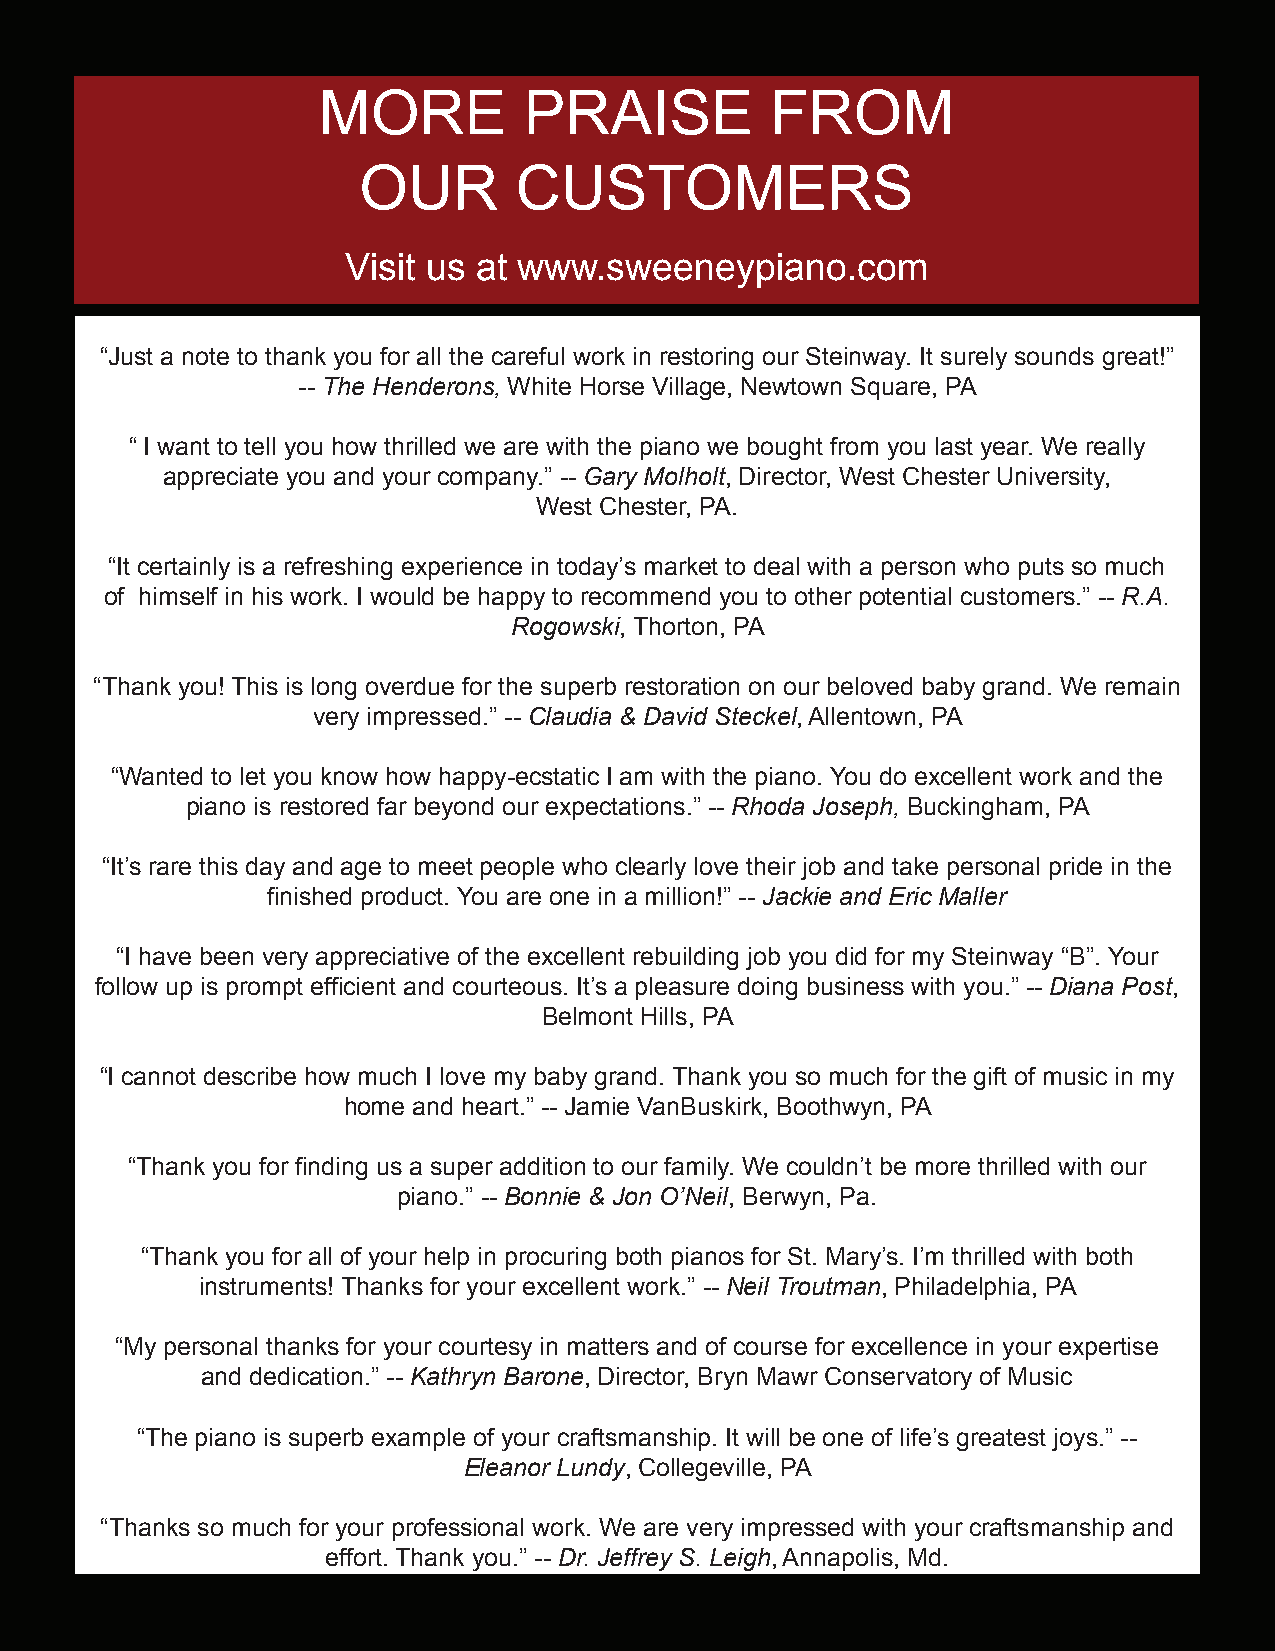
MORE          PRAISE          FROM
 OUR       CUSTOMERS
 Visit us at www.sweeneypiano.com
 “Just a note to thank you for all the careful work in restoring our Steinway. It surely sounds great!”
 -- The Henderons, White Horse Village, Newtown Square, PA
 “ I want to tell you how thrilled we are with the piano we bought from you last year. We really
 appreciate you and your company.” -- Gary Molholt, Director, West Chester University,
 West Chester, PA.
 “It certainly is a refreshing experience in today’s market to deal with a person who puts so much
 of himself in his work. I would be happy to recommend you to other potential customers.” -- R.A.
 Rogowski, Thorton, PA
 “Thank you! This is long overdue for the superb restoration on our beloved baby grand. We remain
 very impressed.” -- Claudia & David Steckel, Allentown, PA
 “Wanted to let you know how happy-ecstatic I am with the piano. You do excellent work and the
 piano is restored far beyond our expectations.” -- Rhoda Joseph, Buckingham, PA
 “It’s rare this day and age to meet people who clearly love their job and take personal pride in the
 finished product. You are one in a million!” -- Jackie and Eric Maller
 “I have been very appreciative of the excellent rebuilding job you did for my Steinway “B”. Your
 follow up is prompt efficient and courteous. It’s a pleasure doing business with you.” -- Diana Post,
 Belmont Hills, PA
 “I cannot describe how much I love my baby grand. Thank you so much for the gift of music in my
 home and heart.” -- Jamie VanBuskirk, Boothwyn, PA
 “Thank you for finding us a super addition to our family. We couldn’t be more thrilled with our
 piano.” -- Bonnie & Jon O’Neil, Berwyn, Pa.
 “Thank you for all of your help in procuring both pianos for St. Mary’s. I’m thrilled with both
 instruments! Thanks for your excellent work.” -- Neil Troutman, Philadelphia, PA
 “My personal thanks for your courtesy in matters and of course for excellence in your expertise
 and dedication.” -- Kathryn Barone, Director, Bryn Mawr Conservatory of Music
 “The piano is superb example of your craftsmanship. It will be one of life’s greatest joys.” --
 Eleanor Lundy, Collegeville, PA
 “Thanks so much for your professional work. We are very impressed with your craftsmanship and
 effort. Thank you.” -- Dr. Jeffrey S. Leigh, Annapolis, Md.